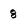
Character: 8